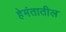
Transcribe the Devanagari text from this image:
हेमंतातील